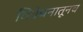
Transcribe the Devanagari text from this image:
विवेचनातूनच